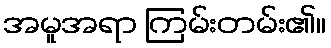
အမူအရာ ကြမ်းတမ်း၏။